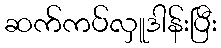
ဆက်ကပ်လှူဒါန်းပြီး